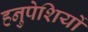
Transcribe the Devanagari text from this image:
हनुपेशियों